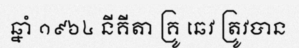
ឆ្នាំ ១៩៦៤ នីគីតា គ្រូ ឆេវ ត្រូវបាន